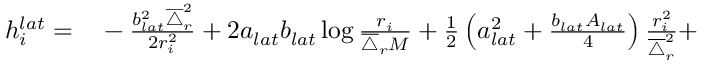
\begin{array} { r l } { h _ { i } ^ { l a t } = } & { { } - \frac { b _ { l a t } ^ { 2 } \overline { { \triangle } } _ { r } ^ { 2 } } { 2 r _ { i } ^ { 2 } } + 2 a _ { l a t } b _ { l a t } \log \frac { r _ { i } } { \overline { { \triangle } } _ { r } M } + \frac { 1 } { 2 } \left( a _ { l a t } ^ { 2 } + \frac { b _ { l a t } A _ { l a t } } { 4 } \right) \frac { r _ { i } ^ { 2 } } { \overline { { \triangle } } _ { r } ^ { 2 } } + } \end{array}